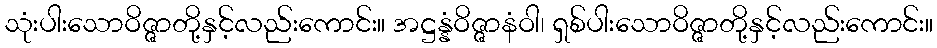
သုံးပါးသောဝိဇ္ဇာတို့နှင့်လည်းကောင်း။ အဋ္ဌန္နံဝိဇ္ဇာနံဝါ၊ ရှစ်ပါးသောဝိဇ္ဇာတို့နှင့်လည်းကောင်း။